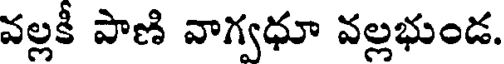
వల్లకీ పాణి వాగ్వధూ వల్లభుండ.